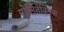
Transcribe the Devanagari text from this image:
पोलितेक्निक